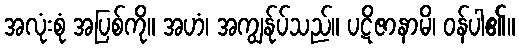
အလုံးစုံ အပြစ်ကို။ အဟံ၊ အကျွန်ုပ်သည်။ ပဋိဇာနာမိ၊ ဝန်ပါ၏။